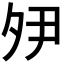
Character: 𭐵